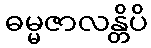
ဓမ္မဇာလန္တိပိ